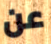
عن